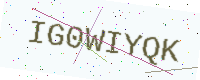
Text: IG0WIYQK